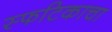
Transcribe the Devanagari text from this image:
स्फटिकाचा